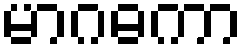
မာဂဓကာ